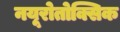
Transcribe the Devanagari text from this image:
नयूरोतोक्सिक